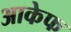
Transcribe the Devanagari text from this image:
आकेफ